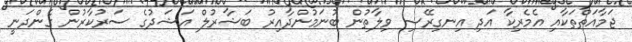
ޖަމާއަތްތަކާއި އެމެރިކާ އަދި އިނގިރޭސި ވިލާތުން ބުނަމުންދާއިރު ބަޝާރުލް އަޝަދުގެ ސަރުކާރުން ގެންދަނީ